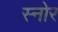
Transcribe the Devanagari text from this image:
स्नोर